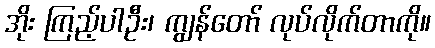
အိုး ကြည့်ပါဦး၊ ကျွန်တော် လုပ်လိုက်တာကို။